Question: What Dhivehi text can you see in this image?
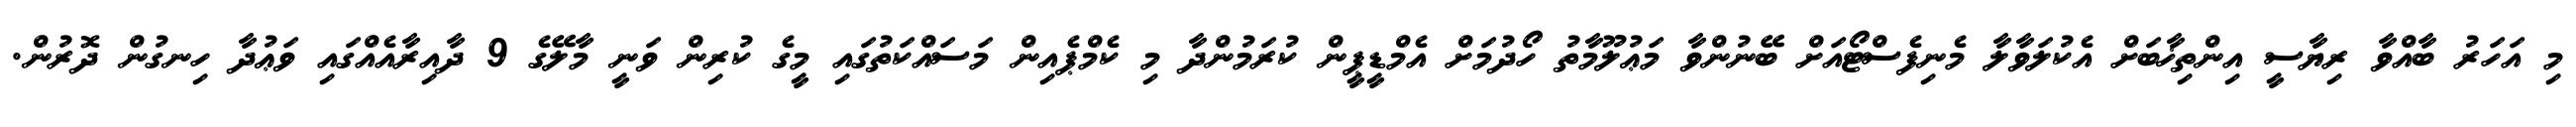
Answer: މި އަހަރު ބާއްވާ ރިޔާސީ އިންތިޚާބަށް އެކުލަވާލާ މެނިފެސްޓޯއަށް ބޭނުންވާ މަޢުލޫމާތު ހޯދުމަށް އެމްޑީޕީން ކުރަމުންދާ މި ކެމްޕެއިން މަސައްކަތުގައި މީގެ ކުރިން ވަނީ މާލޭގެ 9 ދާއިރާއެއްގައި ވަޢުދާ ހިނގުން ދޮރުން.